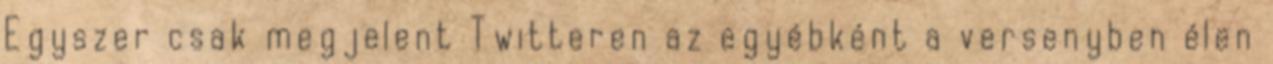
Egyszer csak megjelent Twitteren az egyébként a versenyben élen